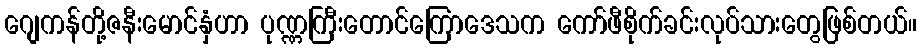
ဂျေကန်တို့ဇနီးမောင်နှံဟာ ပုဏ္ဏကြီးတောင်ကြောဒေသက ကော်ဖီစိုက်ခင်းလုပ်သားတွေဖြစ်တယ်။